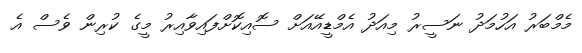
މެމްބަރު އަހުމަދު ނަސީރު މިއަދު އެމްޑީއޭއަށް ސޮއިކޮށްފައިވާއިރު މީގެ ކުރިން ވެސް އެ